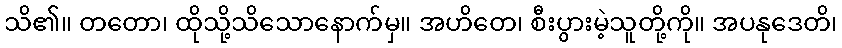
သိ၏။ တတော၊ ထိုသို့သိသောနောက်မှ။ အဟိတေ၊ စီးပွားမဲ့သူတို့ကို။ အပနုဒေတိ၊